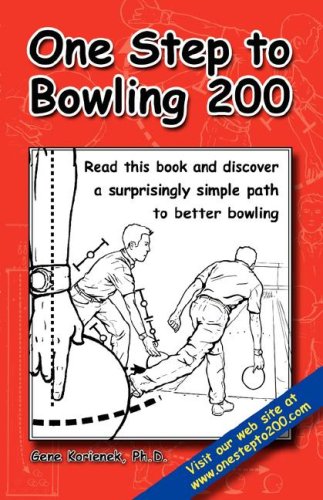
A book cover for One Step to Bowling 200; Gene Korienek; Sports & Outdoors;